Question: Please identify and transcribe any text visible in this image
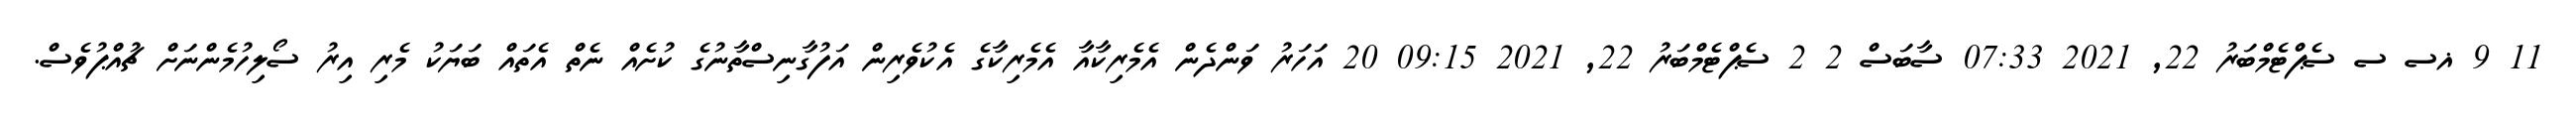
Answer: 11 9 ޣސ ސ ސެޕްޓެމްބަރު 22, 2021 07:33 ސާބަސް 2 2 ސެޕްޓެމްބަރު 22, 2021 09:15 20 އަހަރު ވަންދެން އެމެރިކާއާ އެމެރިކާގެ އެކުވެރިން އަފުގާނިސްތާނުގެ ކުށެއް ނެތް އެތައް ބަޔަކު މެރި އިރު ސޯލިހުމެންނަށް ޗުއްޕުވެސް.